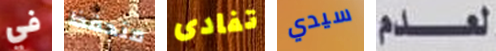
في متحفظ تفادى سيدي لعدم